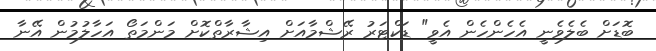
ބޮޑަށް ބެލެވެނީ އެހެންހެން އެވީ" ޑަކްޓަރު ރޭޝްމާއަށް އިޝާރާތްކޮށް މަންމަތޯ އަހާލުމުން އޭނާ